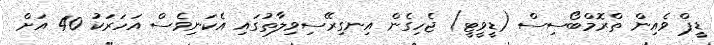
ޑީޕް ވެއިން ތްރޮމްބޯސިސް (ޑީވީޓީ) ޖެހިގެން އިނގިރޭސިވިލާތުގައި އެކަނިވެސް އަހަރަކު 40 އަށް